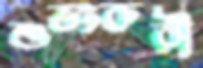
শুভংকরী